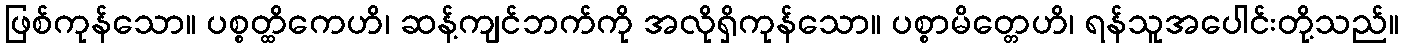
ဖြစ်ကုန်သော။ ပစ္စတ္ထိကေဟိ၊ ဆန့်ကျင်ဘက်ကို အလိုရှိကုန်သော။ ပစ္စာမိတ္တေဟိ၊ ရန်သူအပေါင်းတို့သည်။